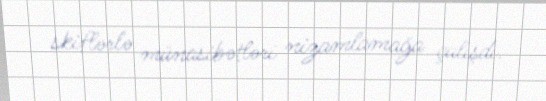
skiflərlə münasibətləri nizamlamağa çalışdı.